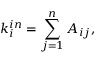
k _ { i } ^ { i n } = \sum _ { j = 1 } ^ { n } A _ { i j } ,